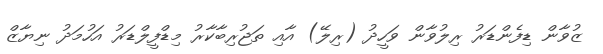
ޒުވާން ޑިފެންޑަރު ރިލުވާން ވަހީދު (ރިލޭ) އާއި ތަޖުރިބާކާރު މިޑްފީލްޑަރު އަހުމަދު ނިޔާޒް